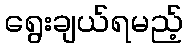
ရွေးချယ်ရမည့်